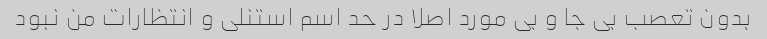
بدون تعصب بی جا و بی مورد اصلا در حد اسم استنلی و انتظارات من نبود